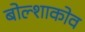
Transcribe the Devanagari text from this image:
बोल्शाकोव